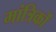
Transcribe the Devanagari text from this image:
मांत्रिकों